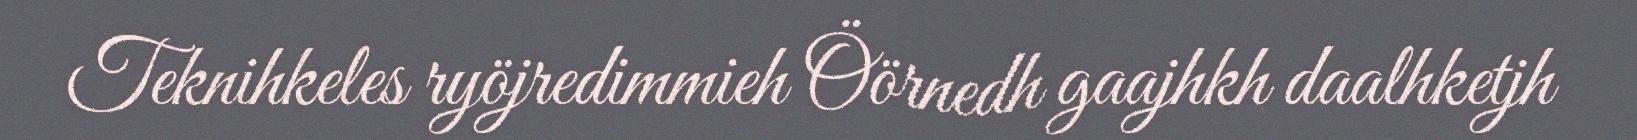
Teknihkeles ryöjredimmieh Öörnedh gaajhkh daalhketjh